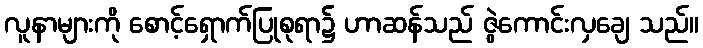
လူနာများကို စောင့်ရှောက်ပြုစုရာ၌ ဟာဆန်သည် ဇွဲကောင်းလှချေ သည်။